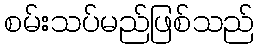
စမ်းသပ်မည်ဖြစ်သည်